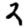
Digit: 2